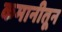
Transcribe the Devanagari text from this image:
कमानीतून